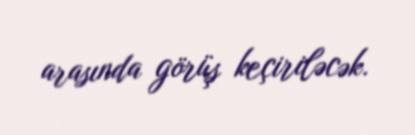
arasında görüş keçiriləcək.